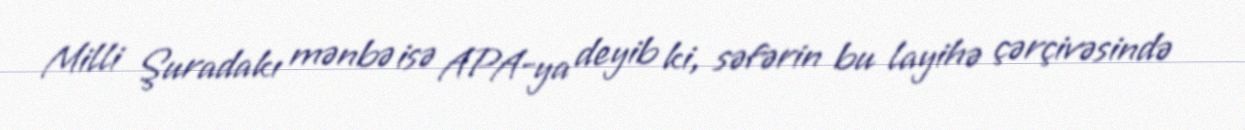
Milli Şuradakı mənbə isə APA-ya deyib ki, səfərin bu layihə çərçivəsində